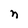
Character: n